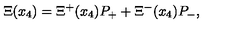
\Xi ( x _ { 4 } ) = \Xi ^ { + } ( x _ { 4 } ) P _ { + } + \Xi ^ { - } ( x _ { 4 } ) P _ { - } ,